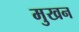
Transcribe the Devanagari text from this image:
मुखन